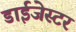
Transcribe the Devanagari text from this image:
डाईजेस्टर